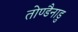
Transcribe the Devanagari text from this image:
तोण्डैनाडु